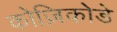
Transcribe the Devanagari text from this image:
कोज़िकोडे